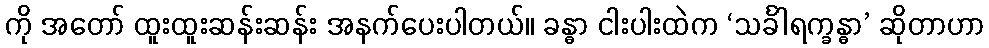
ကို အတော် ထူးထူးဆန်းဆန်း အနက်ပေးပါတယ်။ ခန္ဓာ ငါးပါးထဲက ‘သင်္ခါရက္ခန္ဓာ’ ဆိုတာဟာ